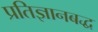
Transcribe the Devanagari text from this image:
प्रतिज्ञानबद्ध